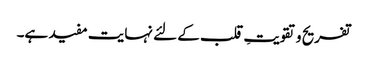
تفریح و تقویتِ قلب کے لئے نہایت مفید ہے۔